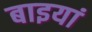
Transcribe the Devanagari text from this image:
बाइयां